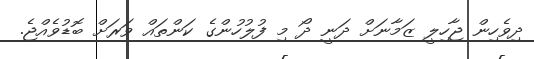
ދިވެހިން ޖާހިލީ ޒަމާނަށް ދަނީ ދޯ މި ފުލުހުންގެ ކަންތައް ވަރަށް ބޮޑުވެއްޖެ.